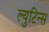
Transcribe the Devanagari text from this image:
ल्युटिन्स